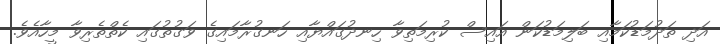
އަދި ތަދުމަޑުކަމާއި ބަލިމަޑުކަން އައިސް ކުރިމަތިވާ ހިނދުގައްޔާއި ހަނގުރާމައިގެ ވަގުތުގައި ކެތްތެރިވާ މީހާއެވެ.